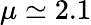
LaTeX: \mu\simeq 2.1